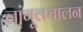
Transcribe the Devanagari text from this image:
लांगूलचालन